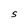
Character: S